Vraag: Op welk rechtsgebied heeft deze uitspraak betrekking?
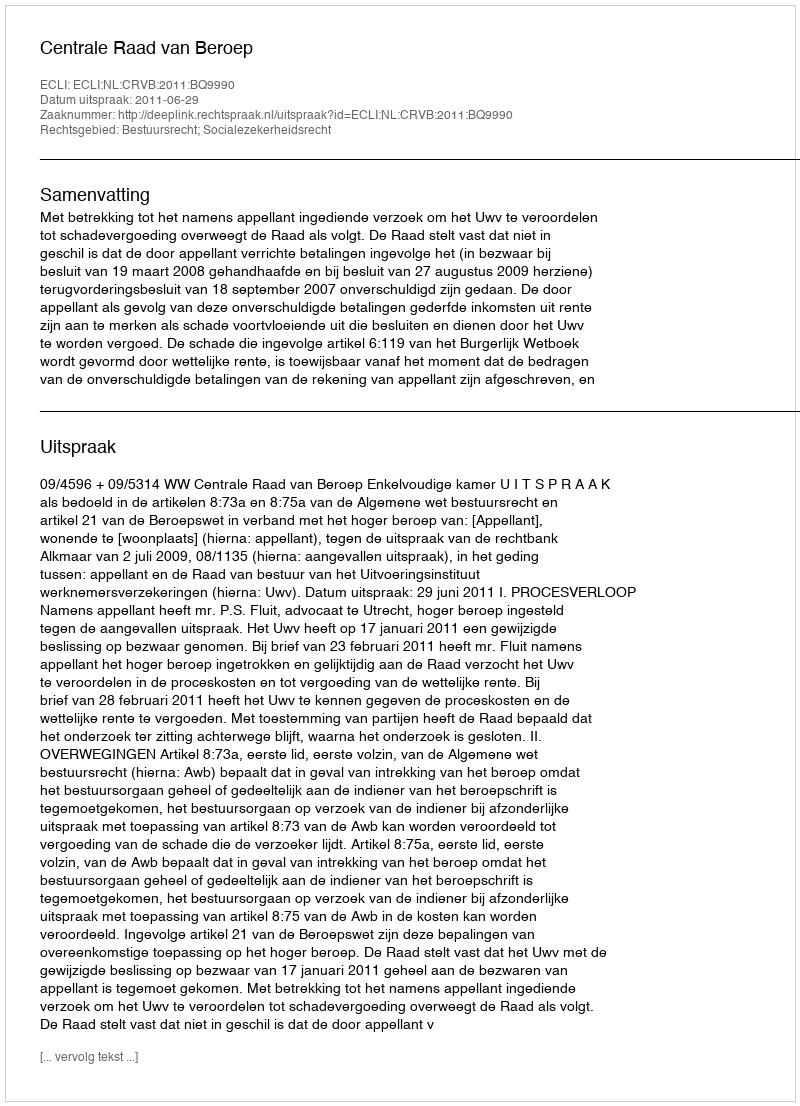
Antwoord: Bestuursrecht; Socialezekerheidsrecht